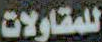
للمقاولات